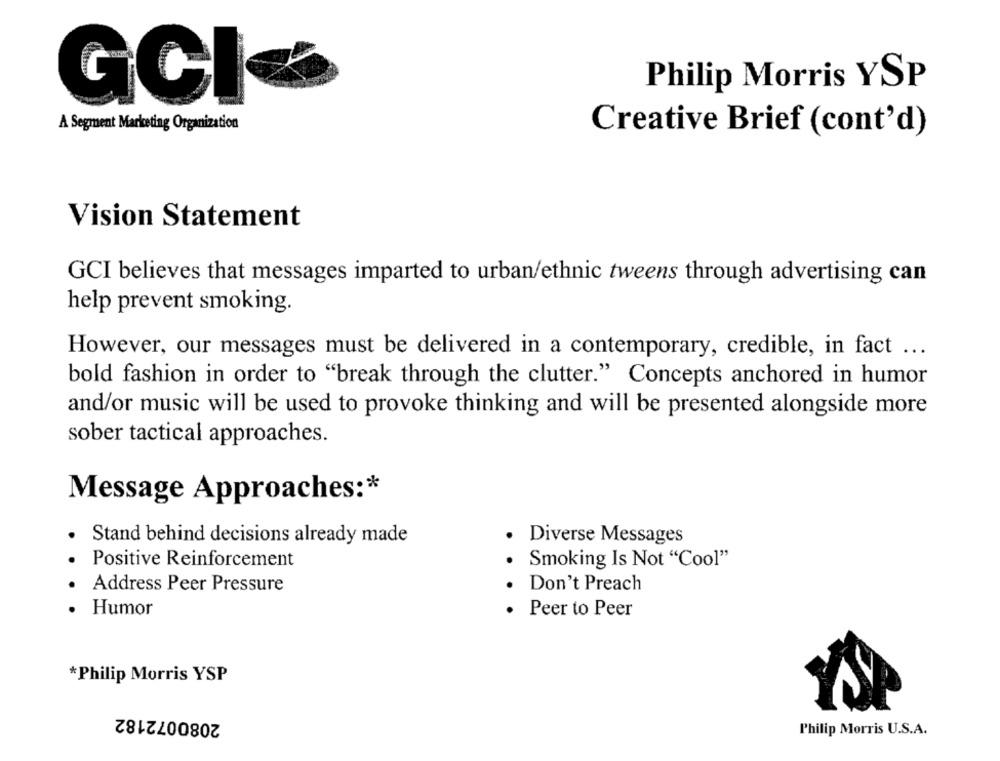
Philip Morris YSP
GCI
A Segment Marketing Organization
Creative Brief (cont'd)
Vision Statement
GCI believes that messages imparted to urban/ethnic tweens through advertising can
help prevent smoking.
However, our messages must be delivered in a contemporary, credible, in fact ...
bold fashion in order to "break through the clutter." Concepts anchored in humor
and/or music will be used to provoke thinking and will be presented alongside more
sober tactical approaches.
Message Approaches :*
Stand behind decisions already made
Diverse Messages
Positive Reinforcement
Smoking Is Not "Cool"
· Address Peer Pressure
Don't Preach
· Humor
Peer to Peer
*Philip Morris YSP
2080072182
Philip Morris U.S.A.